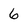
Character: 6